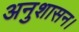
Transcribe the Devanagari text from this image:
अनुशासन।